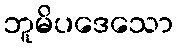
ဘူမိပဒေသော